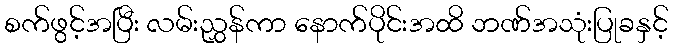
စက်ဖွင့်အပြီး လမ်းညွှန်ကာ နောက်ပိုင်းအထိ ဘဏ်အသုံးပြုခနှင့်